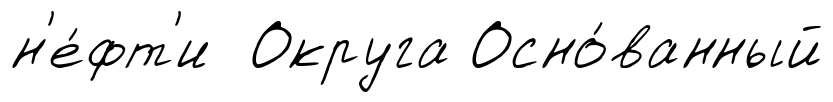
н'е́фт'и Округа Осно́ванный